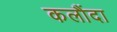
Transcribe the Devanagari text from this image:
कलौंदा